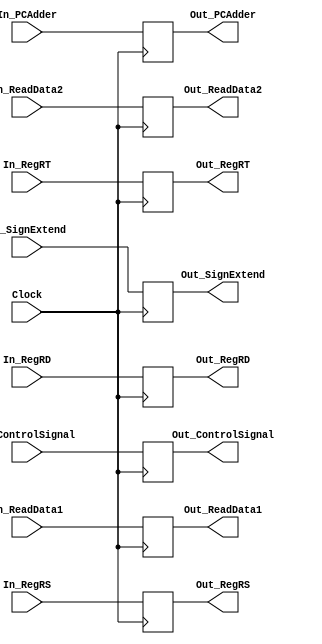
`timescale 1ns / 1ps

////////////////////////////////////////////////////////////////////////////////
// ECE369 - Computer Architecture
// 
// Student(s) Name and Last Name: Diego Moscoso, Fausto Sanchez, Jake Summerville
//
// Module           : IDEXRegister.v
// Description      : 
//
// INPUTS
//
// OUTPUTS
//
// FUNCTIONALITY
//
////////////////////////////////////////////////////////////////////////////////

module IDEXRegister(
    Clock,
    In_ControlSignal, In_ReadData1, In_ReadData2, In_SignExtend, In_PCAdder,
    In_RegRT, In_RegRD, In_RegRS,
    
    Out_ControlSignal, Out_ReadData1, Out_ReadData2, Out_SignExtend, Out_PCAdder,
    Out_RegRT, Out_RegRD, Out_RegRS
);

    input        Clock;
    input [4:0]  In_RegRT, In_RegRD, In_RegRS;
    input [31:0] In_ControlSignal, In_ReadData1, In_ReadData2, In_SignExtend, In_PCAdder;
    
    output reg [4:0]  Out_RegRT, Out_RegRD, Out_RegRS;
    output reg [31:0] Out_ControlSignal, Out_ReadData1, Out_ReadData2, Out_SignExtend, Out_PCAdder;
	
	initial begin
        Out_ControlSignal <= 32'd0;
        Out_ReadData1     <= 32'd0;
        Out_ReadData2     <= 32'd0;
        Out_SignExtend    <= 32'd0;
        Out_PCAdder       <= 32'd0;
        Out_RegRT         <= 5'd0;
        Out_RegRD         <= 5'd0;
        Out_RegRS         <= 5'd0;
	end
	
    always @(posedge Clock) begin
        Out_ControlSignal <= In_ControlSignal;
        Out_ReadData1     <= In_ReadData1;
        Out_ReadData2     <= In_ReadData2;
        Out_SignExtend    <= In_SignExtend;
        Out_PCAdder       <= In_PCAdder;
        Out_RegRT         <= In_RegRT;
        Out_RegRD         <= In_RegRD;
        Out_RegRS         <= In_RegRS;
    end
    
endmodule